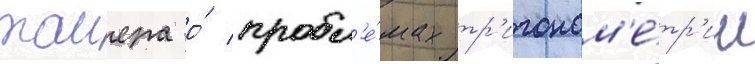
таиера о́ пробл'е́мах тр'игоном'е́тр'ии